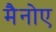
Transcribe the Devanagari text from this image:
मैनोए